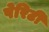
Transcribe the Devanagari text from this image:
पेरिटी